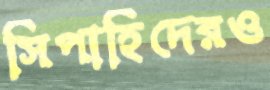
সিপাহিদেরও